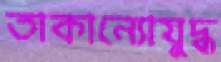
তাকান্যোযুদ্ধ